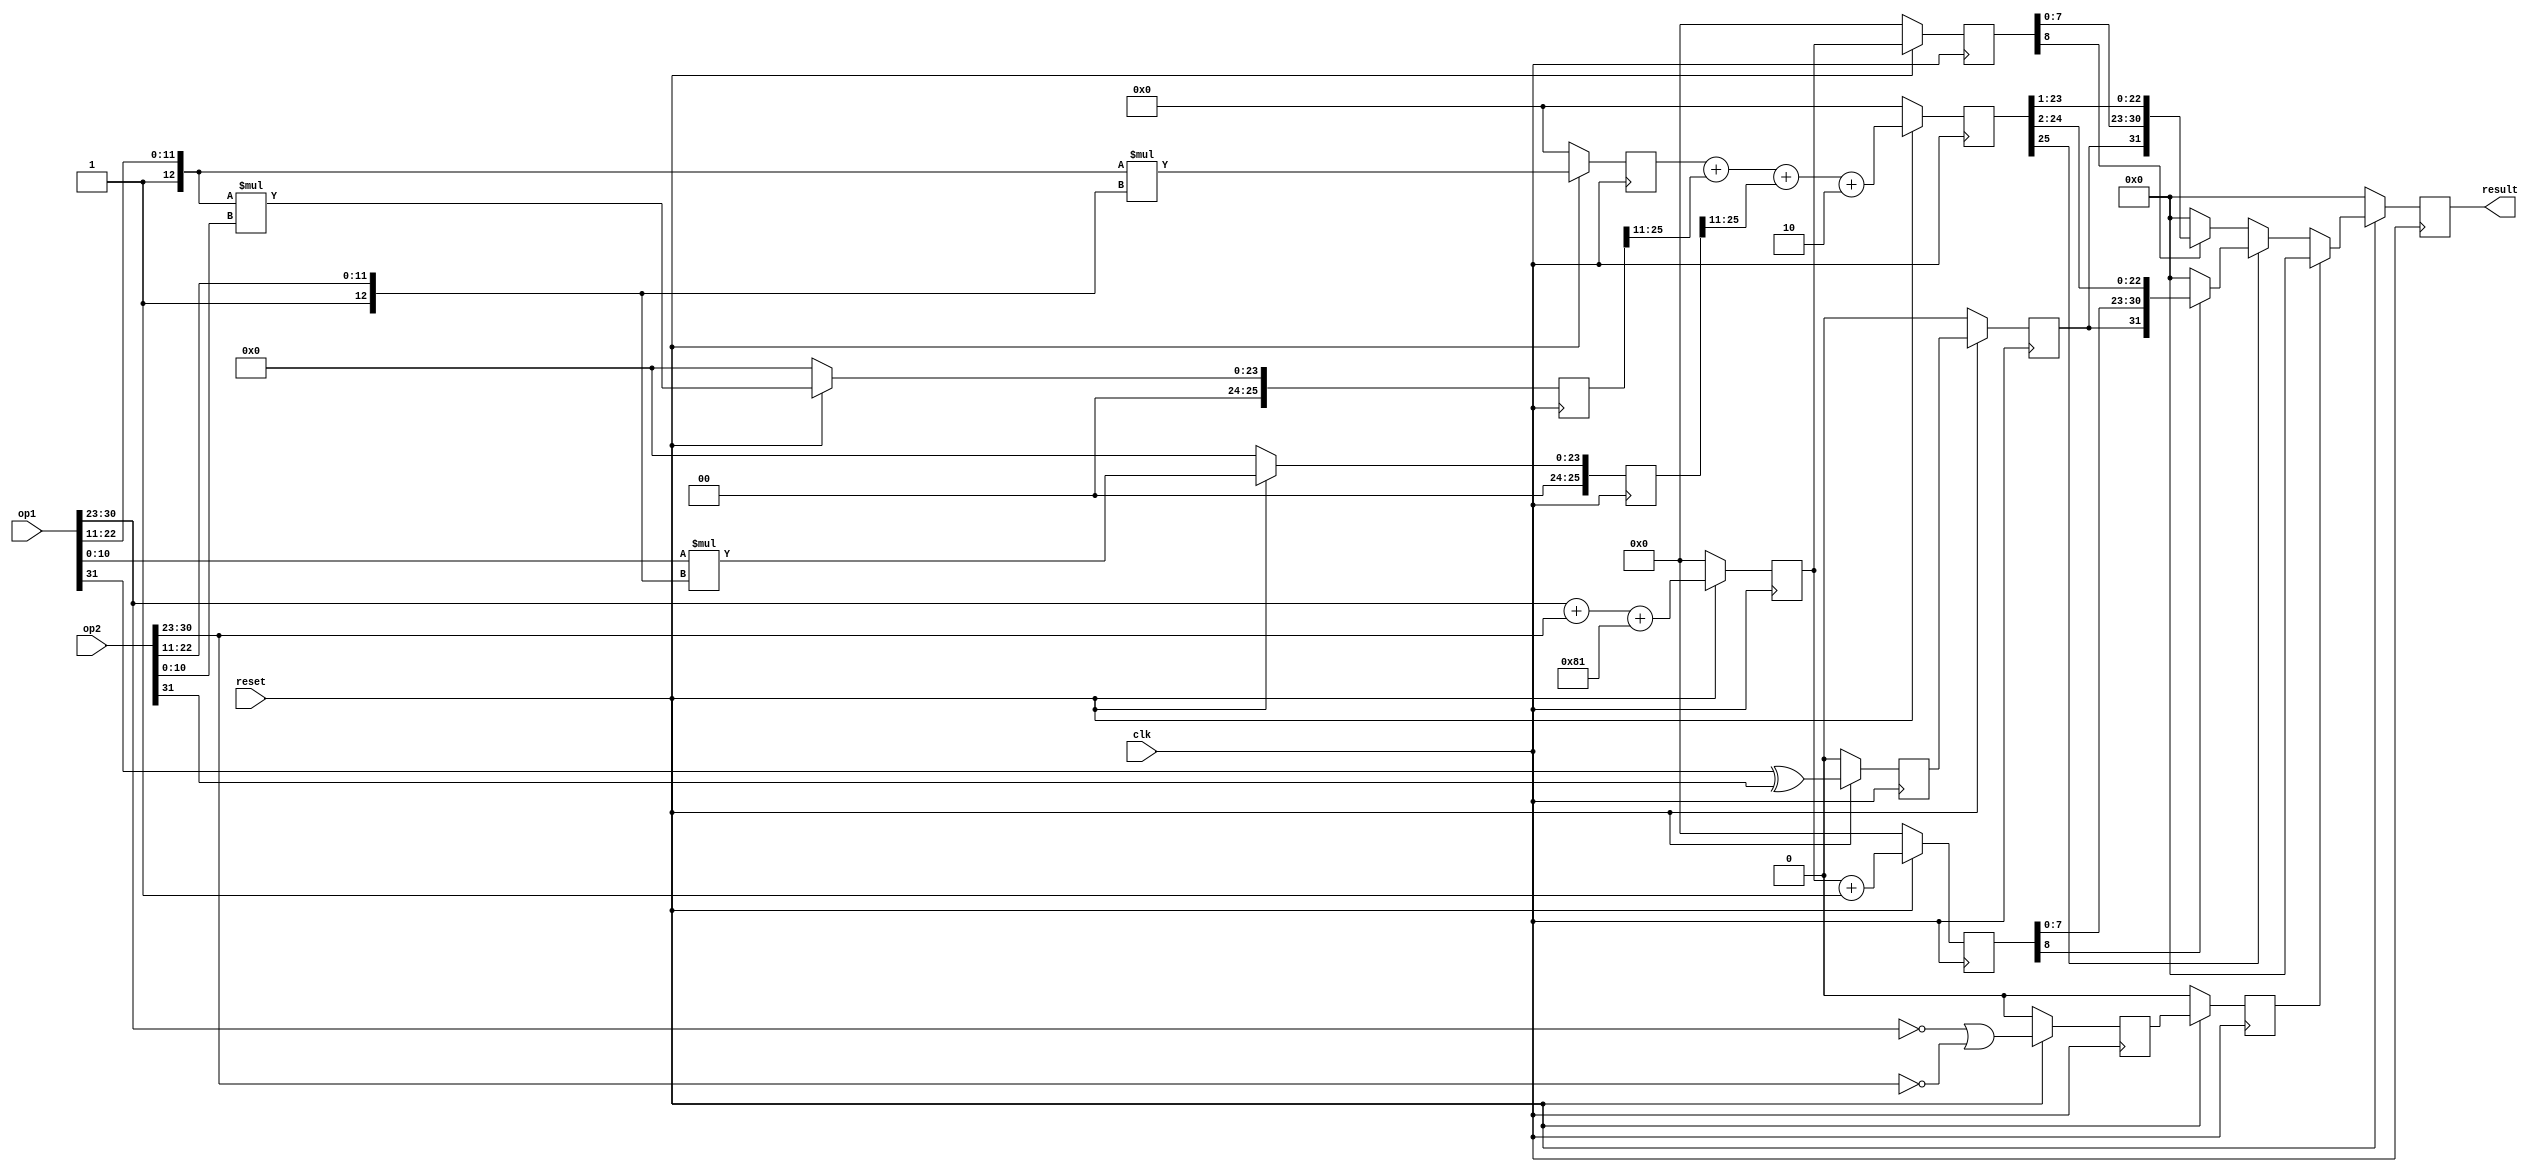
`timescale 1ns / 100ps
`default_nettype none

module fmul
    (input wire [31:0] op1,
    input wire [31:0] op2,
    output reg [31:0] result,
    input wire clk,
    input wire reset
    );

    wire [12:0] H1;
    wire [12:0] H2;
    wire [10:0] L1;
    wire [10:0] L2;
    wire [7:0] exp1;
    wire [7:0] exp2;
    wire sig1;
    wire sig2;

    assign L1 = op1[10:0];
    assign L2 = op2[10:0];
    assign H1 = {1'b1, op1[22:11]};
    assign H2 = {1'b1, op2[22:11]};
    assign exp1 = op1[30:23];
    assign exp2 = op2[30:23];
    assign sig1 = op1[31];
    assign sig2 = op2[31];

    reg [25:0] HH;
    reg [25:0] HL;
    reg [25:0] LH;
    reg [8:0] res_exp;
    reg res_sig;

    wire [8:0] ex_exp1;
    assign ex_exp1 = {1'b0, exp1};
    wire [8:0] ex_exp2;
    assign ex_exp2 = {1'b0, exp2};

    reg [25:0] sum;
    reg [8:0] res_exp_plus1;
    reg [8:0] res_exp_2;
    reg res_sig_2;

    wire is_zero;
    assign is_zero = (exp1 == 8'd0) | (exp2 == 8'd0);
    reg is_zero_reg;
    reg is_zero_reg2;

    always @(posedge clk) begin
        if(~reset) begin
            result <= 32'd0;
            HH <= 26'd0;
            HL <= 26'd0;
            LH <= 26'd0;
            res_exp <= 9'd0;
            res_sig <= 1'd0;
            sum <= 26'd0;
            res_exp_plus1 <= 9'd0;
            res_exp_2 <= 9'd0;
            res_sig_2 <= 1'd0;
            is_zero_reg <= 1'd0;
            is_zero_reg2 <= 1'd0;
        end else begin
            HH <= H1 * H2;
            HL <= H1 * L2;
            LH <= L1 * H2;
            res_exp <= ex_exp1 + ex_exp2 + 9'd129;
            res_sig <= sig1 ^ sig2; //XOR 
            is_zero_reg <= is_zero;

            sum <= HH + (HL >> 11) + (LH >> 11) + 26'd2;
            res_exp_plus1 <= res_exp + 9'b1;
            res_sig_2 <= res_sig;
            res_exp_2 <= res_exp;
            is_zero_reg2 <= is_zero_reg;
            
            if (is_zero_reg2) begin
                result <= 32'd0;
            end else begin
                if (sum[25]) begin
                    if (res_exp_plus1[8]) begin
                        result <= {res_sig_2, res_exp_plus1[7:0], sum[24:2]};
                    end else begin
                        result <= 32'd0;
                    end
                end else begin
                    if (res_exp_2[8]) begin
                        result <= {res_sig_2, res_exp_2[7:0], sum[23:1]};
                    end else begin
                        result <= 32'd0;
                    end
                end 
            end
        end
    end

endmodule
`default_nettype wire